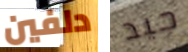
دلفين جيد